Indian journal of veterinary science and animal husbandry - Volume 11,
Year: 1941
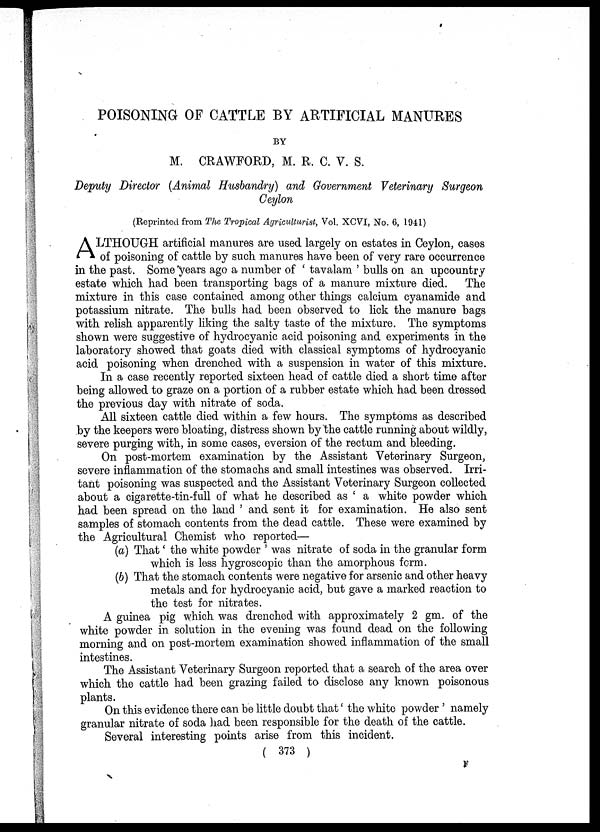
POISONING OF CATTLE BY ARTIFICIAL MANURES
BY
M. CRAWFORD, M. R. C. V. S.
Deputy Director (Animal Husbandry) and Government Veterinary Surgeon
Ceylon
(Reprinted from The Tropical Agriculturist, Vol. XCVI, No. 6, 1941)
A LTHOUGH artificial manures are used largely on estates in Ceylon, cases
of poisoning of cattle by such manures have been of very rare occurrence
in the past. Some years ago a number of ' tavalam ' bulls on an upcountry
estate which had been transporting bags of a manure mixture died. The
mixture in this case contained among other things calcium cyanamide and
potassium nitrate. The bulls had been observed to lick the manure bags
with relish apparently liking the salty taste of the mixture. The symptoms
shown were suggestive of hydrocyanic acid poisoning and experiments in the
laboratory showed that goats died with classical symptoms of hydrocyanic
acid poisoning when drenched with a suspension in water of this mixture.
In a case recently reported sixteen head of cattle died a short time after
being allowed to graze on a portion of a rubber estate which had been dressed
the previous day with nitrate of soda.
All sixteen cattle died within a few hours. The symptoms as described
by the keepers were bloating, distress shown by the cattle running about wildly,
severe purging with, in some cases, eversion of the rectum and bleeding.
On post-mortem examination by the Assistant Veterinary Surgeon,
severe inflammation of the stomachs and small intestines was observed. Irri-
tant poisoning was suspected and the Assistant Veterinary Surgeon collected
about a cigarette-tin-full of what he described as ' a white powder which
had been spread on the land ' and sent it for examination. He also sent
samples of stomach contents from the dead cattle. These were examined by
the Agricultural Chemist who reported—
(a) That' the white powder ' was nitrate of soda in the granular form
which is less hygroscopic than the amorphous form.
(b) That the stomach contents were negative for arsenic and other heavy
metals and for hydrocyanic acid, but gave a marked reaction to
the test for nitrates.
A guinea pig which was drenched with approximately 2 gm. of the
white powder in solution in the evening was found dead on the following
morning and on post-mortem examination showed inflammation of the small
intestines.
The Assistant Veterinary Surgeon reported that a search of the area over
which the cattle had been grazing failed to disclose any known poisonous
plants.
On this evidence there can be little doubt that' the white powder ' namely
granular nitrate of soda had been responsible for the death of the cattle.
Several interesting points arise from this incident.
( 373 )